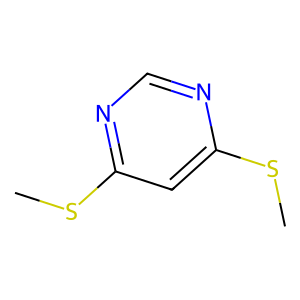
SMILES: CSc1cc(SC)ncn1
Inhibits HIV replication: No